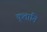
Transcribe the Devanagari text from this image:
कृतानि